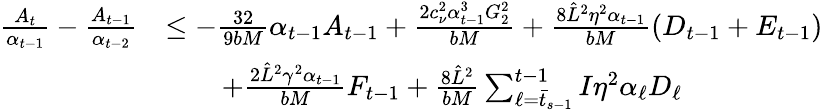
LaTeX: \begin{array}{rl}{\frac{A_{t}}{\alpha_{t-1}}-\frac{A_{t-1}}{\alpha_{t-2}}}&{\leq-\frac{32}{9bM}\alpha_{t-1}A_{t-1}+\frac{2c_{\nu}^{2}\alpha_{t-1}^{3}G_{2}^{2}}{bM}+\frac{8\hat{L}^{2}\eta^{2}\alpha_{t-1}}{bM}(D_{t-1}+E_{t-1})}\\ &{\qquad+\frac{2\hat{L}^{2}\gamma^{2}\alpha_{t-1}}{bM}F_{t-1}+\frac{8\hat{L}^{2}}{bM}\sum_{\ell=\bar{t}_{s-1}}^{t-1}I\eta^{2}\alpha_{\ell}D_{\ell}}\end{array}